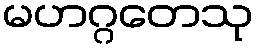
မဟဂ္ဂတေသု